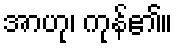
အာဟု၊ ကုန်၏။